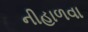
નીહાળવા